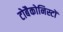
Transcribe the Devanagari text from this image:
टोबैकोनिस्टों